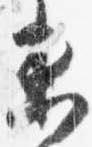
未